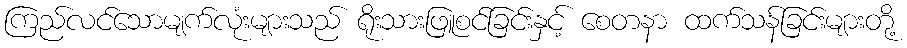
ကြည်လင်သောမျက်လုံးများသည် ရိုးသားဖြူစင်ခြင်းနှင့် စေတနာ ထက်သန်ခြင်းများတို့